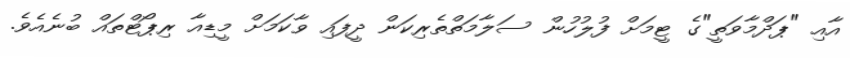
އާއި "ޕަދްމާވަތީ"ގެ ޓީމަށް ފުލުހުން ސަލާމަތްތެރިކަން ދީފައި ވާކަމަށް މީޑިއާ ރިޕޯޓްތައް ބުނެއެވެ.